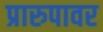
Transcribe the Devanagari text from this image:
प्रारुपावर